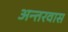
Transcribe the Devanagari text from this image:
अन्तरवास